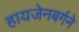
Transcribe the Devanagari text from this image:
हायजेनबर्गने